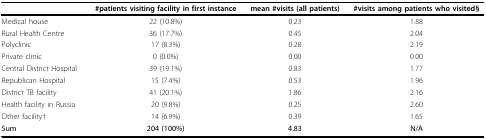
<table><thead><tr><td></td><td><b>#patients visiting facility in first instance</b></td><td><b>mean #visits (all patients)</b></td><td><b>#visits among patients who visited§</b></td></tr></thead><tbody><tr><td>Medical house</td><td>22 (10.8%)</td><td>0.23</td><td>1.88</td></tr><tr><td>Rural Health Centre</td><td>36 (17.7%)</td><td>0.45</td><td>2.04</td></tr><tr><td>Polyclinic</td><td>17 (8.3%)</td><td>0.28</td><td>2.19</td></tr><tr><td>Private clinic</td><td>0 (0.0%)</td><td>0.00</td><td>0.00</td></tr><tr><td>Central District Hospital</td><td>39 (19.1%)</td><td>0.83</td><td>1.77</td></tr><tr><td>Republican Hospital</td><td>15 (7.4%)</td><td>0.53</td><td>1.96</td></tr><tr><td>District TB facility</td><td>41 (20.1%)</td><td>1.86</td><td>2.16</td></tr><tr><td>Health facility in Russia</td><td>20 (9.8%)</td><td>0.25</td><td>2.60</td></tr><tr><td>Other facility†</td><td>14 (6.9%)</td><td>0.39</td><td>1.65</td></tr><tr><td><b>Sum</b></td><td><b>204 (100%)</b></td><td><b>4.83</b></td><td><b>N/A</b></td></tr></tbody></table>